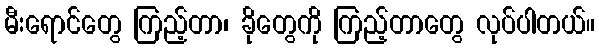
မီးရောင်တွေ ကြည့်တာ၊ ခိုတွေကို ကြည့်တာတွေ လုပ်ပါတယ်။